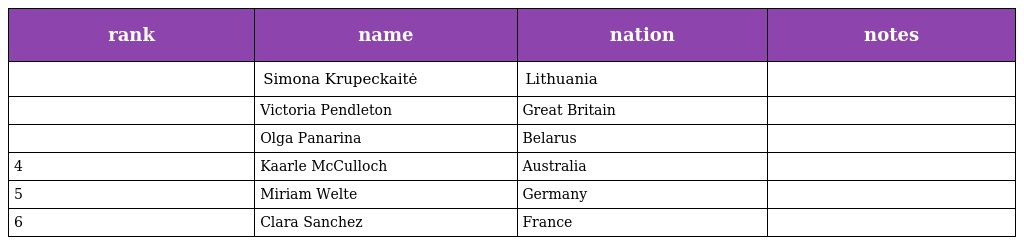
| rank | name | nation | notes |
 | --- | --- | --- | --- |
 |  | Simona Krupeckaitė | Lithuania |  |
 |  | Victoria Pendleton | Great Britain |  |
 |  | Olga Panarina | Belarus |  |
 | 4 | Kaarle McCulloch | Australia |  |
 | 5 | Miriam Welte | Germany |  |
 | 6 | Clara Sanchez | France |  |